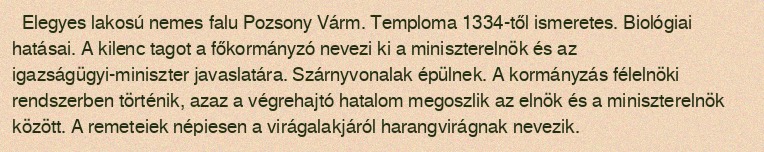
Elegyes lakosú nemes falu Pozsony Várm. Temploma 1334-től ismeretes. Biológiai hatásai. A kilenc tagot a főkormányzó nevezi ki a miniszterelnök és az igazságügyi-miniszter javaslatára. Szárnyvonalak épülnek. A kormányzás félelnöki rendszerben történik, azaz a végrehajtó hatalom megoszlik az elnök és a miniszterelnök között. A remeteiek népiesen a virágalakjáról harangvirágnak nevezik.